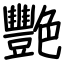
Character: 艷